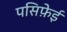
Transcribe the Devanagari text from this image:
पसिफ़ेई